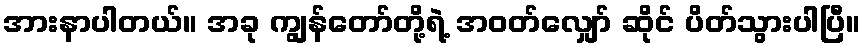
အားနာပါတယ်။ အခု ကျွန်တော်တို့ရဲ့ အဝတ်လျှော် ဆိုင် ပိတ်သွားပါပြီ။